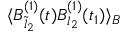
\langle B _ { \tilde { l } _ { 2 } } ^ { ( 1 ) } ( t ) B _ { l _ { 2 } } ^ { ( 1 ) } ( t _ { 1 } ) \rangle _ { B }